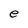
Character: e